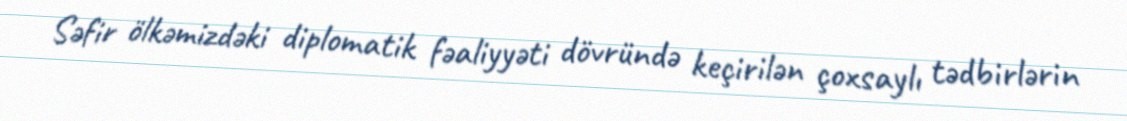
Səfir ölkəmizdəki diplomatik fəaliyyəti dövründə keçirilən çoxsaylı tədbirlərin